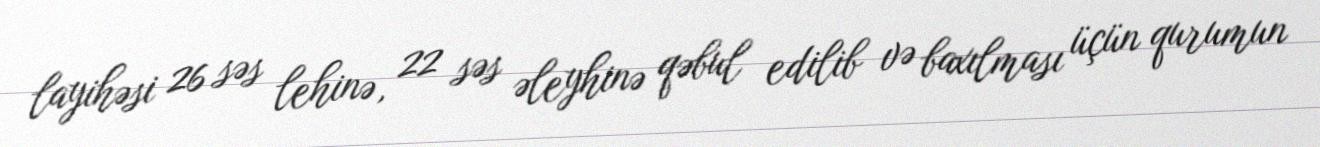
layihəsi 26 səs lehinə, 22 səs əleyhinə qəbul edilib və baxılması üçün qurumun